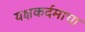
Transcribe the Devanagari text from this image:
यक्षकर्दमाचा